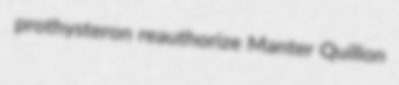
prothysteron reauthorize Manter Quillon